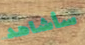
سأشاهد